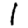
Digit: 1